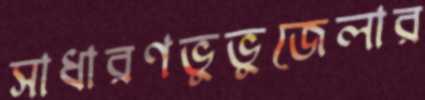
সাধারণভুভুজেলার